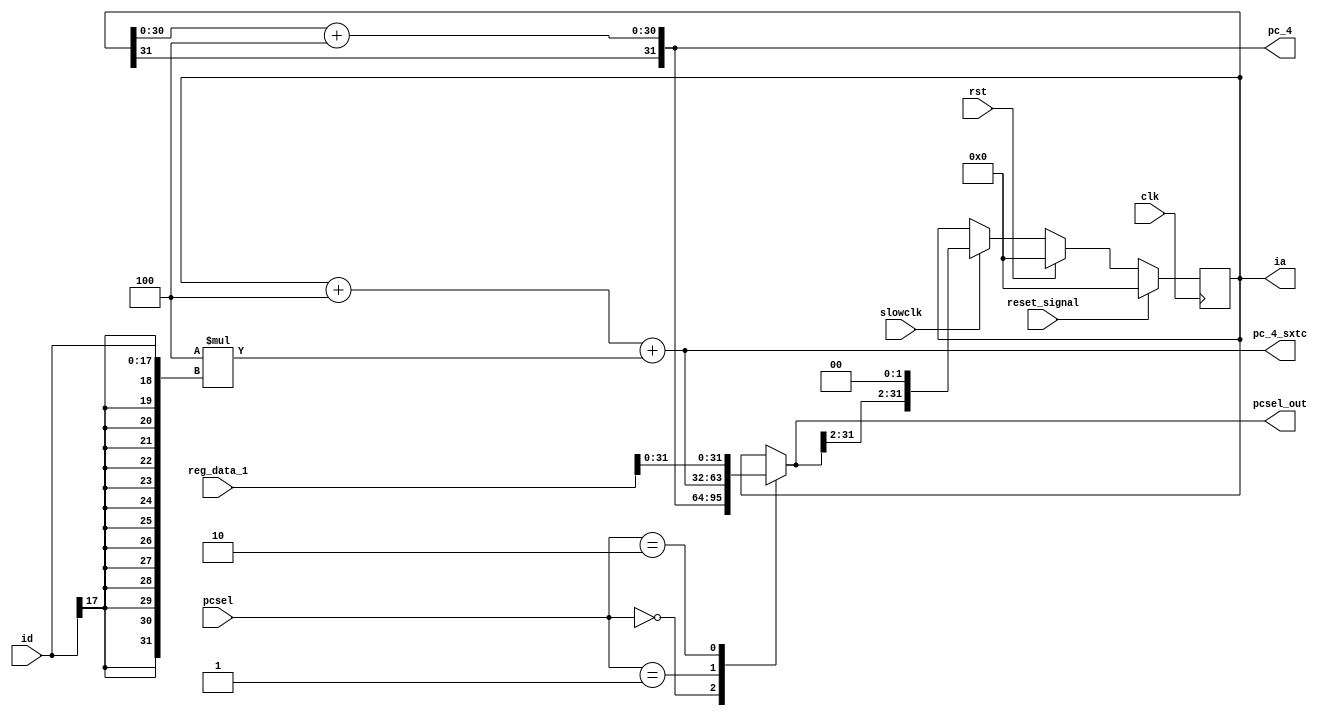
/*
   This file was generated automatically by Alchitry Labs version 1.2.7.
   Do not edit this file directly. Instead edit the original Lucid source.
   This is a temporary file and any changes made to it will be destroyed.
*/

module pc_unit_20 (
    input clk,
    input rst,
    input slowclk,
    input [17:0] id,
    input [2:0] pcsel,
    input [63:0] reg_data_1,
    output reg [31:0] pc_4,
    output reg [31:0] pc_4_sxtc,
    output reg [31:0] pcsel_out,
    output reg [31:0] ia,
    input reset_signal
  );
  
  
  
  reg [31:0] M_pc_d, M_pc_q = 1'h0;
  
  reg [31:0] pcsel_out_sig;
  
  reg [31:0] pc_4_sxtc_32_sig;
  
  reg [31:0] pc_4_sxtc_sig;
  
  reg [31:0] pc_4_sig;
  
  always @* begin
    M_pc_d = M_pc_q;
    
    pc_4_sig = 1'h0;
    pc_4_sxtc_sig = 1'h0;
    pcsel_out_sig = 1'h0;
    pc_4_sig = {M_pc_q[31+0-:1], M_pc_q[0+30-:31] + 3'h4};
    pc_4_sxtc_32_sig = M_pc_q + 3'h4 + (3'h4 * {{4'he{id[17+0-:1]}}, id});
    pc_4_sxtc_sig = pc_4_sxtc_32_sig;
    
    case (pcsel)
      3'h0: begin
        pcsel_out_sig = pc_4_sig;
      end
      3'h1: begin
        pcsel_out_sig = pc_4_sxtc_sig;
      end
      3'h2: begin
        pcsel_out_sig = reg_data_1[0+31-:32];
      end
      default: begin
        pcsel_out_sig = M_pc_q;
      end
    endcase
    if (slowclk) begin
      M_pc_d = {pcsel_out_sig[2+29-:30], 2'h0};
    end
    if (rst) begin
      M_pc_d = 4'h0;
    end
    if (reset_signal) begin
      M_pc_d = 4'h0;
    end
    ia = M_pc_q;
    pc_4 = pc_4_sig;
    pc_4_sxtc = pc_4_sxtc_sig;
    pcsel_out = pcsel_out_sig;
  end
  
  always @(posedge clk) begin
    M_pc_q <= M_pc_d;
  end
  
endmodule